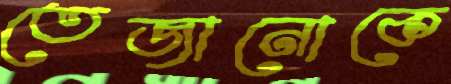
তেজানোকে